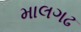
માલગઢ